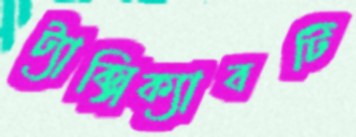
ট্যাক্সিক্যাবটি